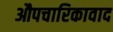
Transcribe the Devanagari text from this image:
औपचारिकावाद